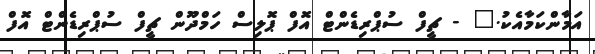
އަމާންކަމާއެކު." - ޗީފް ސުޕްރިޑެންޓް އޮފް ޕޮލިސް ހަމްދޫން ޗީފް ސުޕްރިޑެންޓް އޮފް